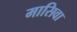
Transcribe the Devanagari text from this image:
मासिवा